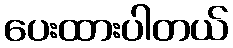
ပေးထားပါတယ်